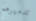
تدميرهم